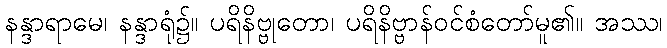
နန္ဒာရာမေ၊ နန္ဒာရုံ၌။ ပရိနိဗ္ဗုတော၊ ပရိနိဗ္ဗာန်ဝင်စံတော်မူ၏။ အဿ၊